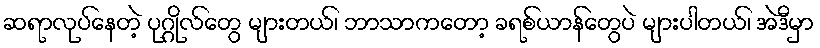
ဆရာလုပ်နေတဲ့ ပုဂ္ဂိုလ်တွေ များတယ်၊ ဘာသာကတော့ ခရစ်ယာန်တွေပဲ များပါတယ်၊ အဲဒီမှာ